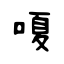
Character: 嗄